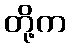
တို့က